Report on horse surra - Volume II, Part II
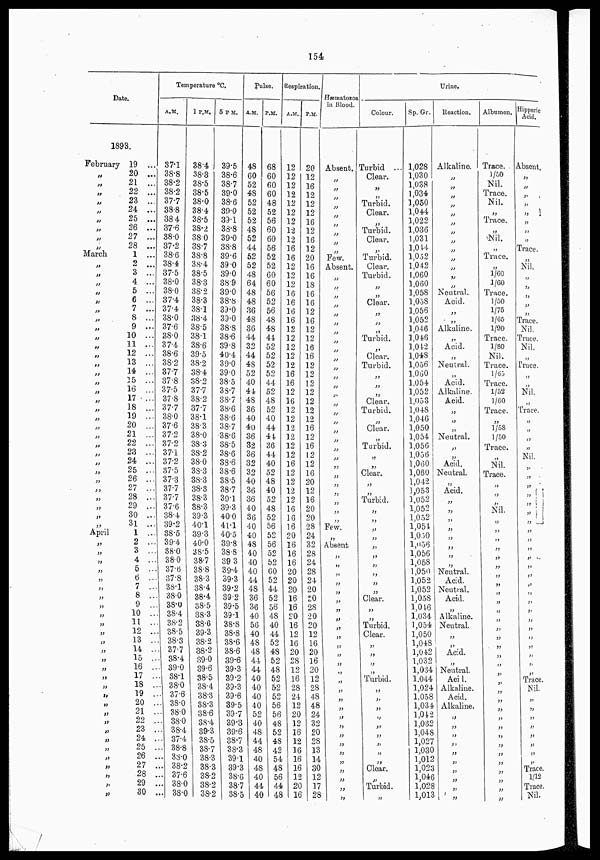
154
Date
1893.
February
„
„
„
„
„
„
„
„
March
„
„
„
„
„
„
„
„
„
„
„
„
„
„
„
„
„
„
„
„
„
„
„
„
„
„
„
„
„
„
April
„
„
„
„
„
„
„
„
„
„
„
„
„
„
„
„
„
„
„
„
„
„
„
„
„
„
„
„
„
19 ...
20 ...
21 ...
22 ...
23 ...
24 ...
25 ...
26 ...
27 ...
28 ...
1 ...
2 ...
3 ...
4 ...
5 ...
6 ...
7 ...
8 ...
9 ...
10 ...
11 ...
12 ...
13 ...
14 ...
15 ...
16 ...
17 ...
18 ...
19 ...
20 ...
21 ...
22 ...
23 ...
24 ...
25 ...
26 ...
27 ...
28 ...
29 ...
30 ...
31 ...
1 ...
2 ...
3 ...
4 ...
5 ...
6 ...
7 ...
8 ...
9 ...
10 ...
11 ...
12 ...
13 ...
14 ...
15 ...
16 ...
17 ...
18 ...
19 ...
20 ...
21 ...
22 ...
23 ...
24 ...
25 ...
26 ...
27 ...
28 ...
29 ...
30 ...
Temperature °C.
A.M.
37.1
38.8
38.2
38.2
37.7
38.8
38.4
37.6
38.0
37.2
38.6
38.4
37.5
38.0
38.0
37.4
37.4
38.0
37.6
38.0
37.4
38.6
38.2
37.7
37.8
37.5
37.8
37.7
38.0
37.6
37.2
37.2
37.1
37.2
37.5
37.3
37.7
37.7
37.6
38.4
39.2
38.5
39.4
38.0
38.0
37.6
37.8
38.1
38.0
38.0
38.4
38.2
38.5
38.3
37.7
38.4
39.0
38.1
38.0
37.6
38.0
38.0
38.0
38.4
37.4
38.8
38.0
38.2
37.6
38.0
38.0
1 P.M.
38.4
38.3
38.5
38.5
38.0
38.4
38.5
38.2
38.0
38.7
38.8
38.4
38.5
38.3
38.2
38.3
38.1
38.4
38.5
38.1
38.6
39.5
38.2
38.4
38.2
37.7
38.2
37.7
38.1
38.3
38.0
38.3
38.2
38.0
38.3
38.3
38.3
38.3
38.3
39.3
40.1
39.3
40.0
38.5
38.7
38.8
38.3
38.4
38.4
38.5
38.3
38.6
39.3
38.2
38.2
39.0
39.6
38.5
38.4
38.3
38.3
38.6
38.4
39.3
38.5
38.7
38.3
38.3
38.2
38.2
38.2
5 P.M.
39.5
38.6
38.7
39.0
38.6
39.0
39.1
38.8
39.0
38.8
39.6
39.0
39.0
38.9
39.0
38.8
39.0
39.0
38.8
38.6
39.8
40.4
39.0
39.0
38.5
38.7
38.7
38.6
38.6
38.7
38.6
38.5
38.6
38.6
38.6
38.5
38.7
39.1
39.3
40.0
41.1
40.5
39.8
38.8
39.3
39.4
39.3
39.2
39.2
39.5
39.1
38.8
38.8
38.6
38.6
39.6
39.3
39.2
39.3
39.6
39.5
39.7
39.3
39.6
38.7
38.3
39.1
39.3
38.6
38.7
38.5
Pulse.
A.M.
48
60
52
48
52
52
52
48
52
44
52
52
48
64
48
48
36
48
36
44
32
44
48
52
40
44
48
36
40
40
36
32
36
32
32
40
36
36
40
36
40
40
48
40
40
40
44
48
36
36
40
56
40
48
48
44
44
40
40
40
40
52
40
48
44
48
40
48
40
44
40
P.M.
68
60
60
60
48
52
56
60
60
56
52
52
60
60
56
52
56
48
48
44
52
52
52
52
44
52
48
52
40
44
44
36
44
40
52
48
40
52
48
52
56
52
56
52
52
60
52
44
52
56
48
40
44
52
48
52
48
52
52
52
56
56
48
52
48
42
54
48
56
44
48
Respiration.
A.M.
12
12
12
12
12
12
12
12
12
16
16
12
12
12
16
16
16
16
12
12
12
12
12
16
16
12
16
12
12
12
12
12
12
16
12
12
12
12
16
16
16
20
16
16
16
20
20
20
16
16
20
16
12
16
20
28
12
16
28
24
12
20
12
16
12
16
16
16
12
20
16
P.M.
20
12
16
12
12
12
16
12
16
12
20
16
16
18
16
16
12
16
12
12
16
16
12
12
12
12
12
12
12
16
12
16
12
12
16
20
12
16
20
20 „
28
24
32
28
24
28
24
20
20
28
20
20
12
16
20
16
20
12
28
48
48
24
32
20
28
13
14
30
12
17
28
Hæmatozoa
in Blood.
Absent.
„
„
„
„
„
„
„
„
„
Few.
Absent.
„
„
„
„
„
„
„
„
„
„
„
„
„
„
„
„
„
„
„
„
„
„
„
„
„
Few.
„
Absent
„
„
„
„
„
„
„
„
„
„
„
„
„
„
„
„
„
„
„
„
„
„
„
„
„
„
„
„
Urine.
Colour.
Turbid ...
Clear.
„
„
Turbid.
Clear.
„
Turbid.
Clear.
„
Turbid.
Clear.
Turbid.
„
„
Clear.
„
„
„
Turbid.
„
Clear.
Turbid.
„
„
„
Clear.
Turbid.
„
Clear.
„
Turbid.
„
„
Clear.
„
„
Turbid.
„
„
„
„
„
„
„
„
„
„
Clear.
„
„
Turbid.
Clear.
„
„
„
„
Turbid.
„
„
„
„
„ „
„
„
„
Clear.
„
Turbid.
„
Sp. Gr.
1,028
1,030
1,038 1,034
1,050
1,044
1,022
1,036
1,031
1,044
1,052
1,042
1,060
1,060
1,058
1,058
1,056
1,052
1,046
1,046
1,042
1,048
1,056
1.060
1,054
1,052
1,053
1,048
1,046
1,050
1,054
1,056
1,056
1,060
1,060
1,042
1,053
1,052
1,052
1,052
1,054
1,050
1,056
1,056
1,058
1,050
1,052
1,052
1,058
1,046
1,034
1,054
1,050
1,048
1,042
1,032
1,034
1,044
1,024
1.058
1,034
1,042
1,032
1,048
1,027
1,030
1,012
1,023
1,046
1,028
1,013
Reaction.
Alkaline.
„
„
„
„
„
„
„
„
„
„
„
„
„
Neutral
Acid.
„
„
Alkaline
„
Acid.
„
Neutral.
„
Acid.
Alkaline.
Acid.
„
„
„
Neutral
„
„
Acid.
Neutral.
„
Acid.
„
„
„
„
„
„
„
„
Neutral.
Acid.
Neutral
Acid.
„
Alkaline.
Neutral.
„
„
Acid.
„
Neutral.
Acid.
Alkaline.
Acid.
Alkaline.
„
„
„
„
„
„
„
„
„
„
Albumen.
Trace.
1/50
Nil
Trace.
Nil
„
„
„
Nil.
„
Trace
„
1/60
1/60
Trace.
1/50
1/75
1/65
1/90
Trace.
1/80
Nil.
Trace.
1/65
Trace.
1/52
1/60
Trace.
„
1/58
1/50
Trace.
„
Nil.
Trace.
„
„
„
Nil.
„
„
„
„
„
„
„
„
„
„
„
„
„
„
„
„
„
„
„
„
„
„
„
„
„
„
„
„
„
„
„
„
Hippuric
Acid
Absent.
„
„
„
„
„
„
„
„
Trace
„ Nil.
„
„
„
„
Trace.
Nil.
Trace.
„Nil.
„
Trace.
„
„
Nil.
„ Trace.
„
„
„
„
Nil.
„
„
„
„
„
„
„
„
„
„
„
„
„
„
„
„
„
„
„
„
„
„
„
„
Trace.
Nil.
„
„
„
„
„
„
„
„
Trace.
1/12
Trace
Nil.